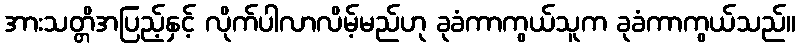
အားသတ္တိအပြည့်နှင့် လိုက်ပါလာလိမ့်မည်ဟု ခုခံကာကွယ်သူက ခုခံကာကွယ်သည်။